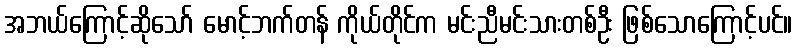
အဘယ်ကြောင့်ဆိုသော် မောင့်ဘက်တန် ကိုယ်တိုင်က မင်းညီမင်းသားတစ်ဦး ဖြစ်သောကြောင့်ပင်။